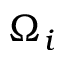
\Omega _ { i }